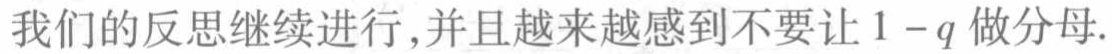
我们的反思继续进行,并且越来越感到不要让 \(1 - q\) 做分母.